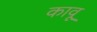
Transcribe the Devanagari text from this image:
कावू